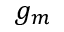
g _ { m }